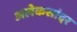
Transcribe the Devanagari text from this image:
अलेकसांदर